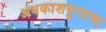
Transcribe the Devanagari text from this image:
अवकाशयुगाचा